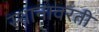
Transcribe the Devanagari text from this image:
स्थानावरती